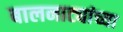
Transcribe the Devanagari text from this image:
बालनाट्यांच्या